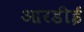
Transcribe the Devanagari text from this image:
आरडीई